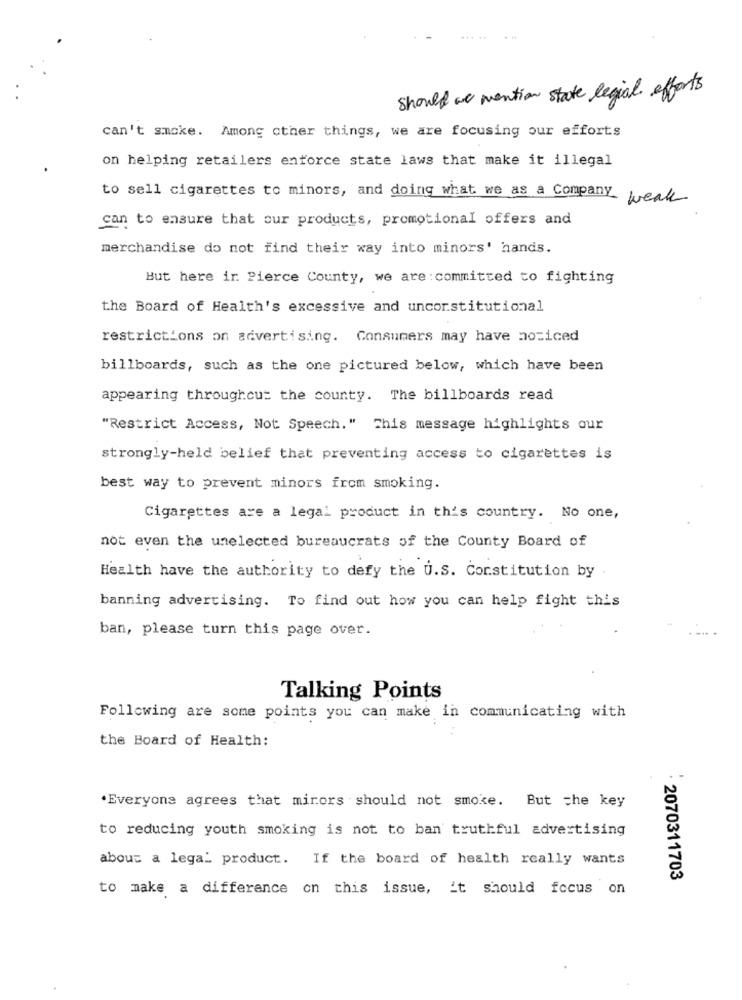
should we mention state legial. efforts
can't smoke. Among other things, we are focusing our efforts
on helping retailers enforce state laws that make it illegal
to sell cigarettes to minors, and doing what we as a Company weak
can to ensure that our products, promotional offers and
merchandise do not find their way into minors' hands.
But here ir Pierce County, we are : committed to fighting
the Board of Health's excessive and unconstitutional
restrictions on advertising. Consumers may have noticed
billboards, such as the one pictured below, which have been
appearing throughout the county. The billboards read
"Restrict Access, Not Speech." This message highlights our
strongly-held belief that preventing access to cigarettes is
best way to prevent minors from smoking.
Cigarettes are a legal product in this country. No one,
not even the unelected bureaucrats of the County Board of
Health have the authority to defy the U.S. Constitution by
banning advertising. To find out how you can help fight this
ban, please turn this page over.
Talking Points
Following are some points you can make in communicating with
the Board of Health:
Everyone agrees that mirors should not smoke. But che key
to reducing youth smoking is not to ban truthful advertising
about a legal product. If the board of health really wants
· 2070311703
to make a difference on this issue, it should focus on